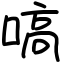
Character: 嗃